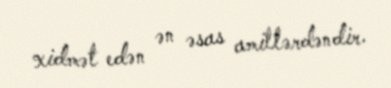
xidmət edən ən əsas amillərdəndir.